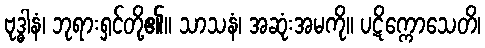
ဗုဒ္ဓါနံ၊ ဘုရားရှင်တို့၏။ သာသနံ၊ အဆုံးအမကို။ ပဋိက္ကောသေတိ၊